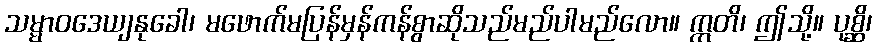
သမ္မာဝဒေယျနုခေါ၊ မဖောက်မပြန်မှန်ကန်စွာဆိုသည်မည်ပါမည်လော။ ဣတိ၊ ဤသို့။ ပုစ္ဆိ၊